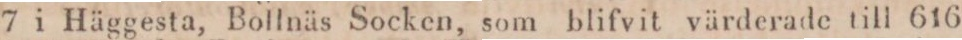
7 i Häggesta, Bollnäs Socken, som blifvit värderade till 616